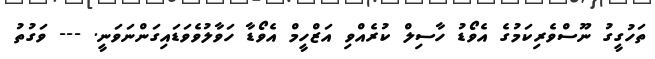
ތަހުގީގު ނޫސްވެރިކަމުގެ އެވޯޑު ހާސިލް ކުރެއްވި އަޒްހީމް އެވޯޑާ ހަވާލުވެވަޑައިގަންނަވަނީ. --- ވަގުތު